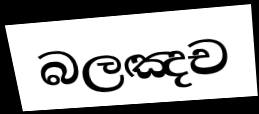
බලඤච